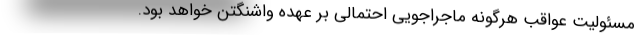
مسئولیت عواقب هرگونه ماجراجویی احتمالی بر عهده واشنگتن خواهد بود.